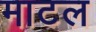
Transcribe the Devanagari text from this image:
माटल